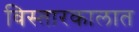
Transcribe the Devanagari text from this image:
विस्तारकालात